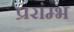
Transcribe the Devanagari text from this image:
प्ररांम्भ